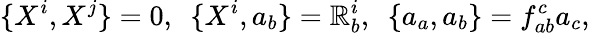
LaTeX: \{ X^{i},X^{j}\} =0,\, \, \, \{ X^{i},a_{b}\} =\mathbb{R}_{b}^{i},\, \, \, \{ a_{a},a_{b}\} =f_{ab}^{c}a_{c},